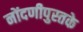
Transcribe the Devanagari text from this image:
नोंदणीपुस्तके